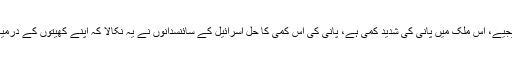
بڑے بڑے ترقی یافتہ ملکوں کو چھوڑیں، رقبے کے اعتبار سے ایک بہت چھوٹے ملک اسرائیل کی مثال لے لیجیے، اس ملک میں پانی کی شدید کمی ہے، پانی کی اس کمی کا حل اسرائیل کے سائنسدانوں نے یہ نکالا کہ اپنے کھیتوں کے درمیان ایک سرے سے دوسرے سرے تک بلند و بالا کھمبے Pole نصب کیے اور اُس میں باریک جال باندھ دیے۔